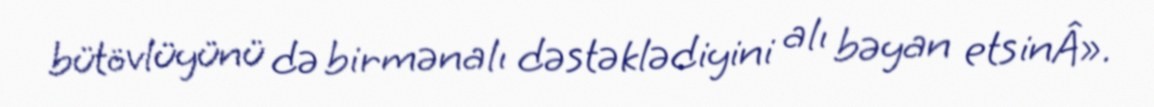
bütövlüyünü də birmənalı dəstəklədiyini alı bəyan etsinÂ».